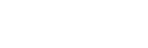
ပြောဆိုခဲ့ကြောင်း